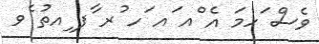
ވެސް ަހމަ އެ ްއ ައ ަހ ުރ ާފ ިއތު ެވ